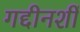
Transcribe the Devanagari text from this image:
गद्दीनशीं